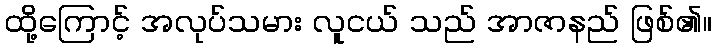
ထို့ကြောင့် အလုပ်သမား လူငယ် သည် အာဇာနည် ဖြစ်၏။